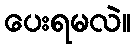
ပေးရမလဲ။